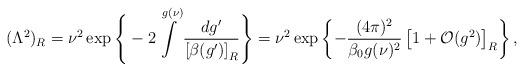
LaTeX: \begin{align*} (\Lambda^2)_R =\nu^2\exp\Bigg\{-2\int\limits^{g(\nu)} \frac{dg'}{\left[\beta(g')\right]_R}\Bigg\} =\nu^2\exp\left\{-\frac{(4\pi)^2}{\beta_0 g(\nu)^2} \left[1+{\cal O}(g^2)\right]_R\right\},\end{align*}